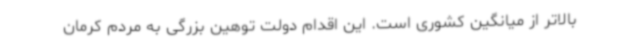
بالاتر از میانگین کشوری است. این اقدام دولت توهین بزرگی به مردم کرمان